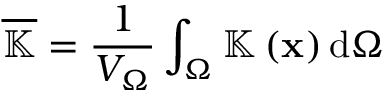
\overline { { \mathbb { K } } } = \frac { 1 } { V _ { \Omega } } \int _ { \Omega } \mathbb { K } \left( \mathbf { x } \right) \mathrm { d } \Omega